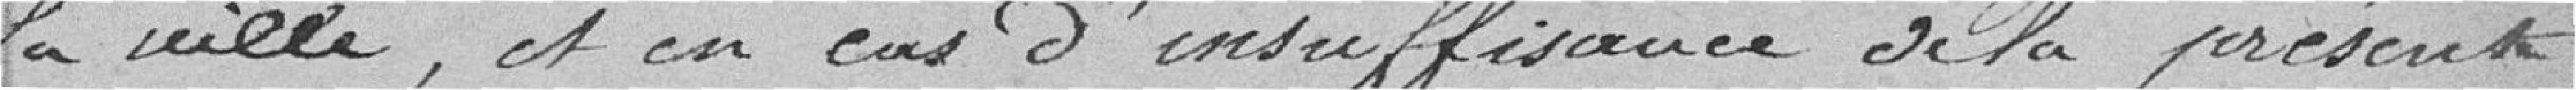
la ville, et en cas d'insuffisance de la présente